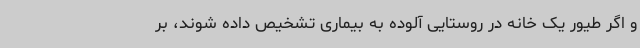
و اگر طیور یک خانه در روستایی آلوده به بیماری تشخیص داده شوند، بر